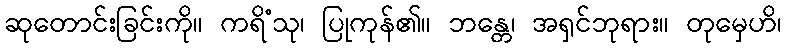
ဆုတောင်းခြင်းကို။ ကရိံသု၊ ပြုကုန်၏။ ဘန္တေ၊ အရှင်ဘုရား။ တုမှေဟိ၊